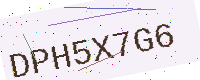
Text: DPH5X7G6